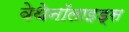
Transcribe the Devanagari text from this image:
वेथेनॉलाइड्स